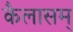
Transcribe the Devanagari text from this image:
कैलासम्‌